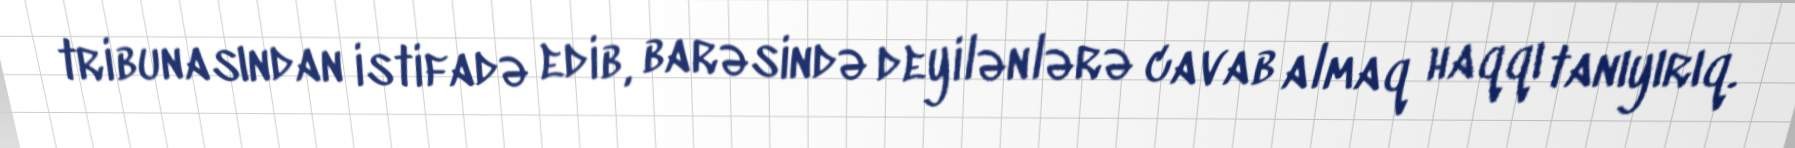
tribunasından istifadə edib, barəsində deyilənlərə cavab almaq haqqı tanıyırıq.